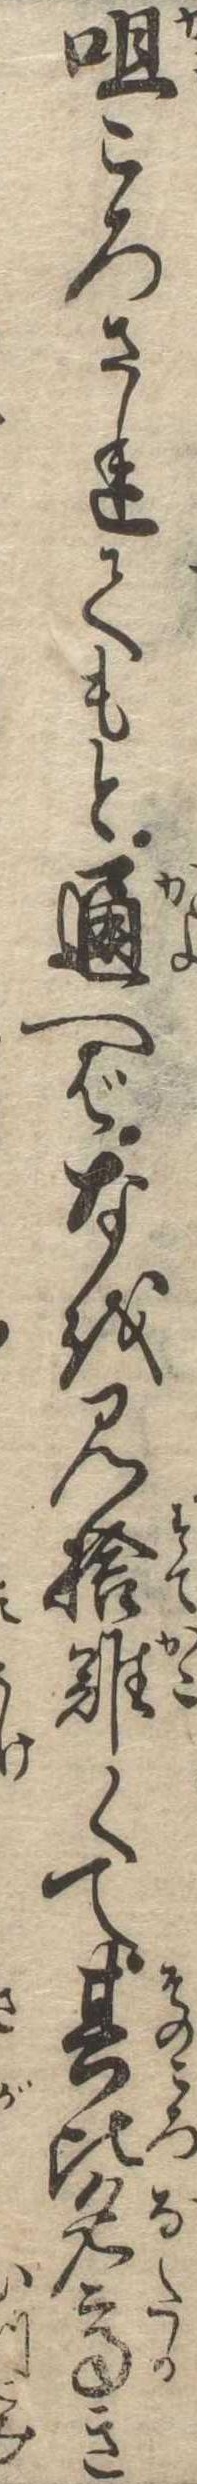
咀ころされてもと通へばなを見捨難くて其比名高き